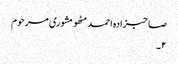
صاحبزادہ احمد مٹھو مشوری مرحوم
۲۔